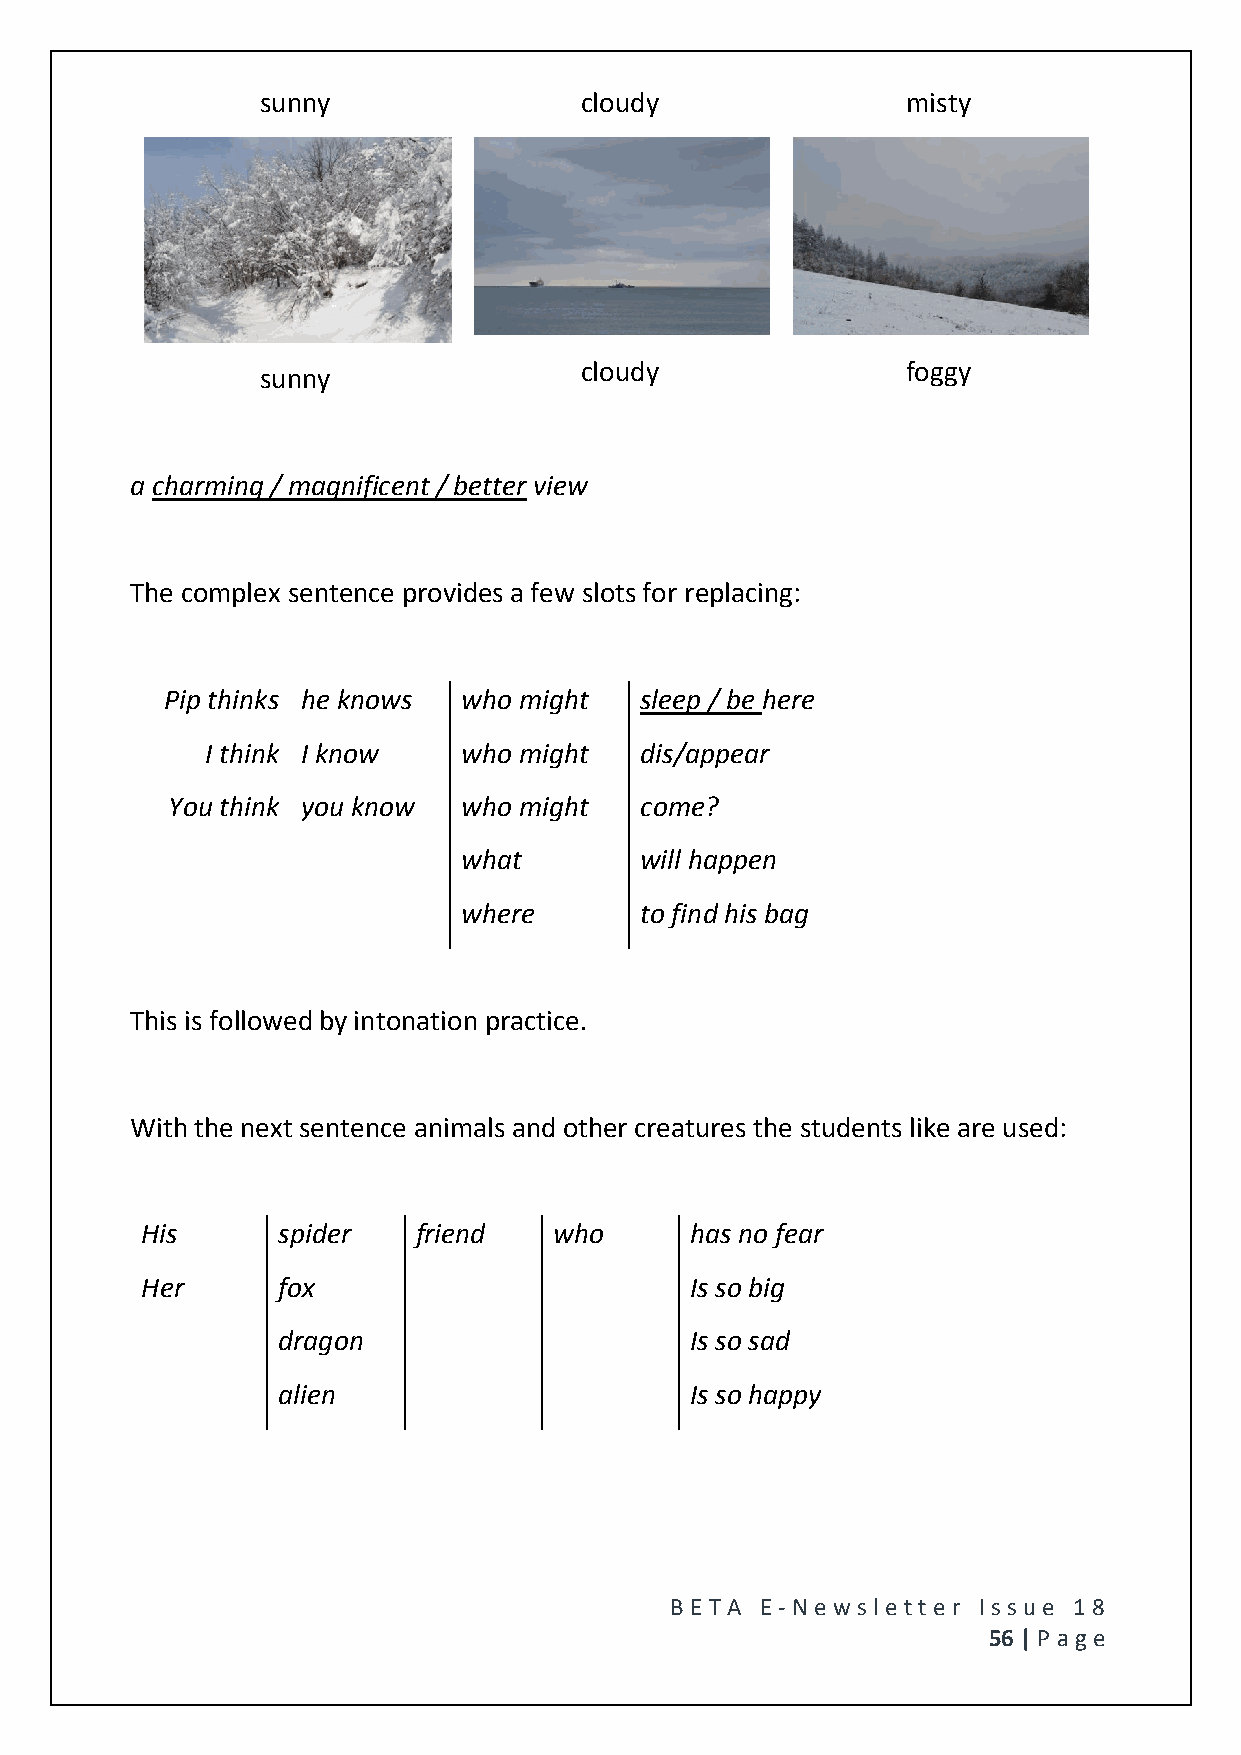
sunny                cloudy                misty
 cloudy                foggy
 sunny
 a charming / magnificent / better view
 The complex sentence provides a few slots for replacing:
 Pip thinks he knows who might  sleep / be here
 I think I know   who might  dis/appear
 You think you know  who might  come?
 what       will happen
 where      to find his bag
 This is followed by intonation practice.
 With the next sentence animals and other creatures the students like are used:
 His      spider   friend    who      has no fear
 Her      fox                         Is so big
 dragon                      Is so sad
 alien                       Is so happy
 BE T A E -N e wsle tt e r Issue 18
 56 | P age